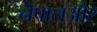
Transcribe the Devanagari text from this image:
नेपालऔर